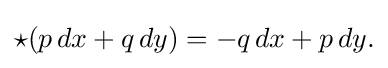
\displaystyle {\star (p\,dx+q\,dy)=-q\,dx+p\,dy.}